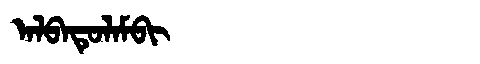
Manchu: ᠠᠯᠪᠠᡨᡠᠯᠠᠮᠪᡳ
Romanization: ALBATULAMBI